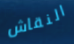
النقاش